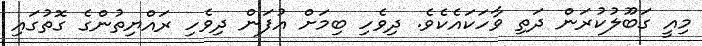
މިއީ ގަބޫލުކުރަން ދަތި ވާހަކައެކެވެ. ދިވެހި ބިމަށް އުފަން ދިވެހި ރައްޔިތުންގެ ގޮތުގައި